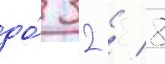
до́ 32 / 8